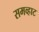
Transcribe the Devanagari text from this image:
समव्हाट